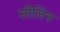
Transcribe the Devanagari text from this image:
सीलिन